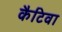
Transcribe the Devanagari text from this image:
कैटिवा